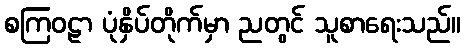
စကြဝဠာ ပုံနှိပ်တိုက်မှာ ညတွင် သူစာရေးသည်။